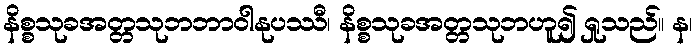
နိစ္စသုခအတ္တသုဘဘာဝါနုပဿီ၊ နိစ္စသုခအတ္တသုဘဟူ၍ ရှုသည်။ န၊